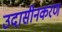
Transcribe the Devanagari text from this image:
उदासीनकरण